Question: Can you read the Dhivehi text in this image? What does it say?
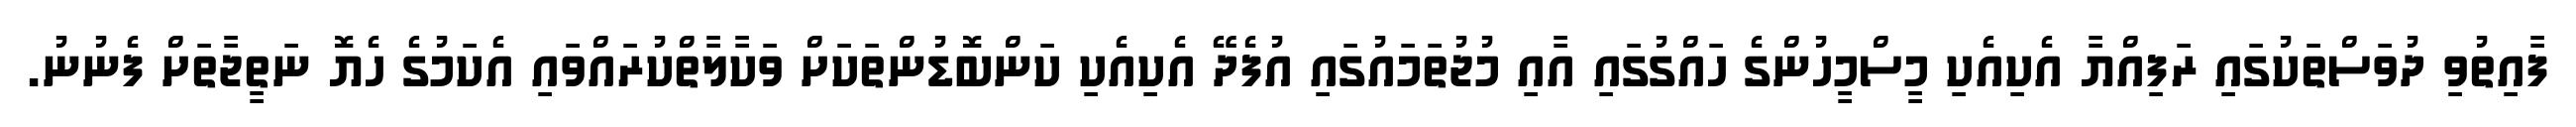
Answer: ފާއިތުވި ދުވަސްތަކުގައި ރަފިއްޔާ އެކިއެކި މީސްމީހުންގެ ހައްގުގައި އާއި މުޖުތަމައުގައި އުފެދޭ އެކިއެކި ކަންބޮޑުންތަކަށް ވަކާލާތްކުރައްވައި އެކަމުގެ ހެޔޮ ނަތީޖާތަށް ފެނުނު.